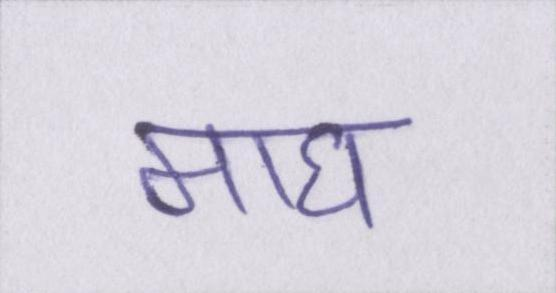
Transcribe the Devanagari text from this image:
माघ